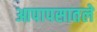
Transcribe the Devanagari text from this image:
आपापसातले